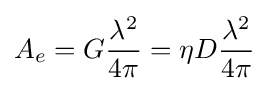
A_{e}=G{\frac {\lambda ^{2}}{4\pi }}=\eta D{\frac {\lambda ^{2}}{4\pi }}